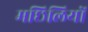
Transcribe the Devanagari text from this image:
मछिलियों